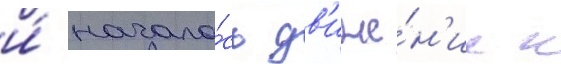
и́ начало́сь дв'иже́н'ие к